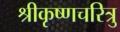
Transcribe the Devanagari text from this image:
श्रीकृष्णचरित्रु